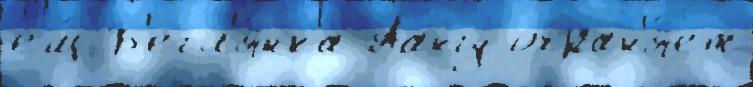
ещ́ Б'егл'я́нка Аангу охран'я́ет